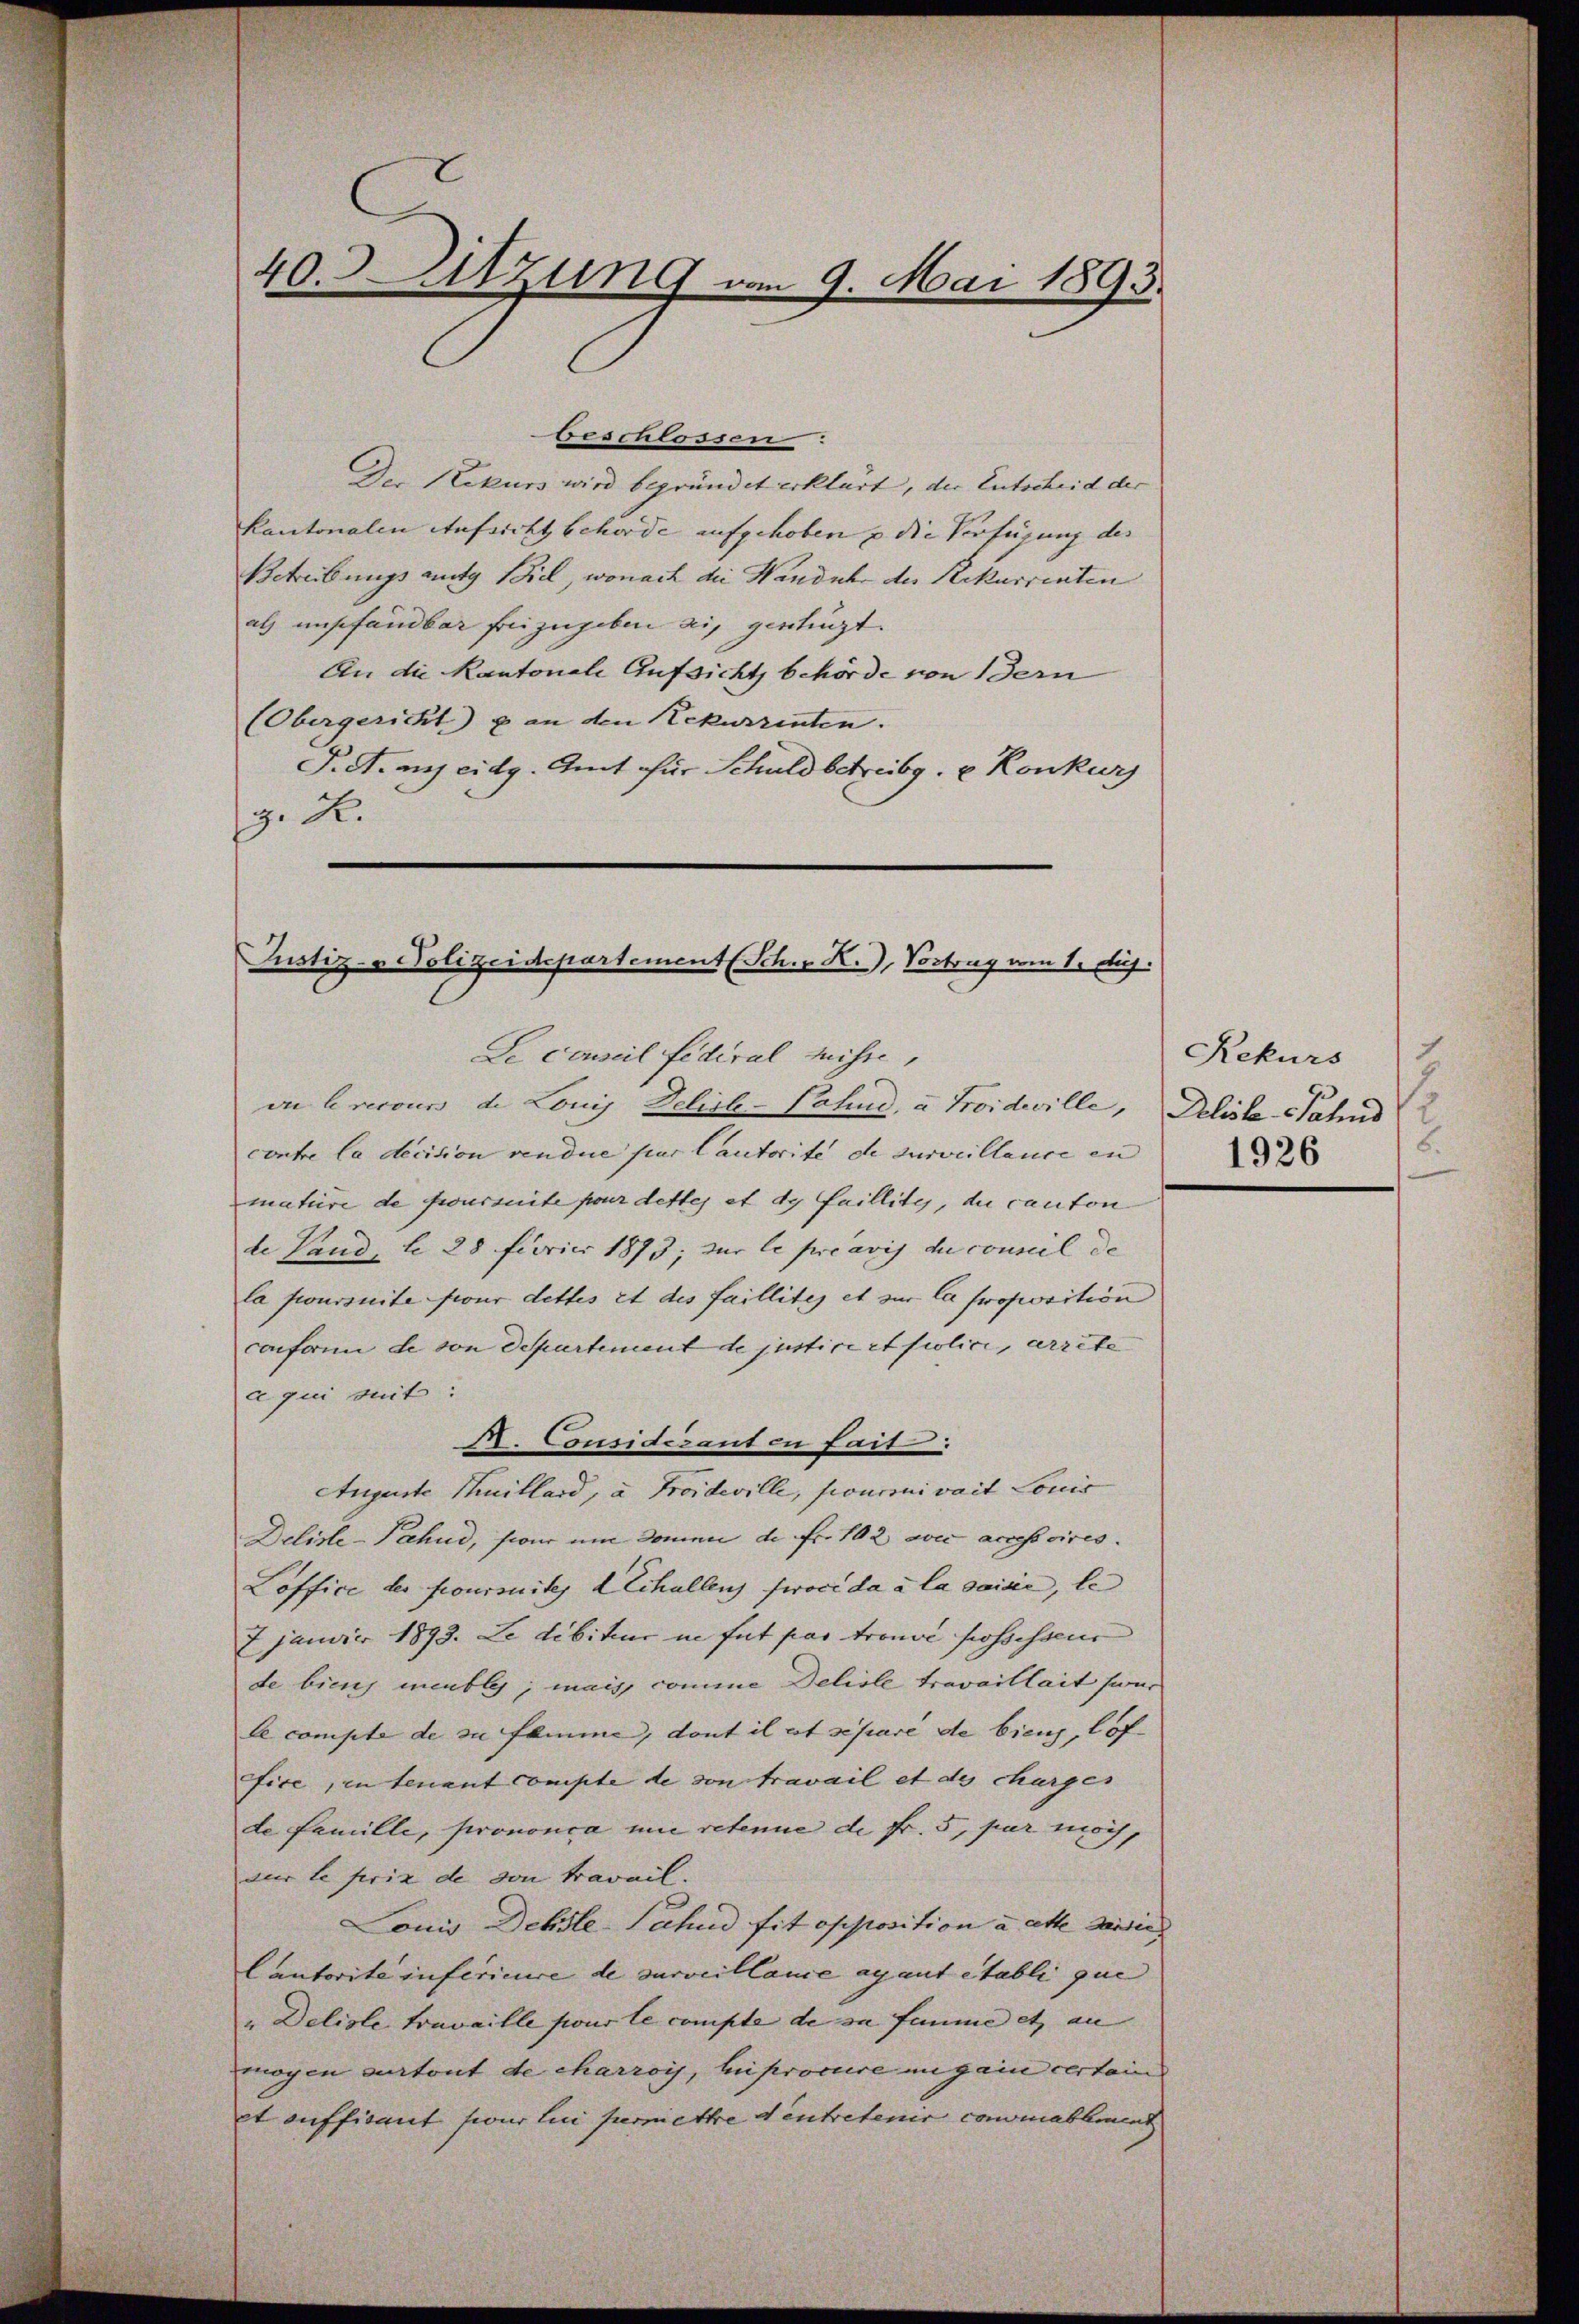
beschlossen.
Der Rekurs wird begründet erklärt, der Entscheid der
Kantonalen Aufsicht behörde aufgehoben u die Verfügung des
Betreibungs aufg Ziel, wonach die Handuhr der Rekurrenten
als empfandbar freizugeben ein gerügt.
An die Kantonale Aufsicht behörde von Bern
(Obergericht & an den Rekurrenten. |
F. A. ans eidg. Amt für Schuldbetreibg. u. Konkurs
g. K.

40. Letzung vom 9. Mai 1893.

Justiz- u Polizeidepartement (Sch. R.), Vortrag am 1. ds.
Se conseil fédéral Misse,
vn Crecour de Lonis Delich-Pahne, a Troideville, Deliste Wahns

contre la decision vendue par Cautorité de surveillence en 26
mature de foursuite pour dettes et de faillite, die canton
de Land, d. 28 Fiorici 1893, zur le préavis du coniel de
la foursuite four dettes et des faillites et zur la proposition
conform de von Departement de justice et folici, arrete
a qui suit:
A. Considésanten fait.
Auguste Villard, u. Proideville, fourni vait Louis
Deliste-Pahnd, son um Domen de Fr. 102 wie accessoires.
Loffice der foursuites I Echallenz socida à la saisie, le
7 janvier 1893. Le débiteur in fut par trouve possessens
de biens meubles; mais comme Deliste travaillait hier
le compte de sa femme, dont il et séparé de biens, lof-
fise, in tenant compte de von travail et de charges
de Famille, prononca un retenue de fr. 5, par möch
sur le friz de von travail.
Louis Deksle-Pahud sit opposition a atte Ferding
Cautorite inferiere de surveillance ayant établi que
"Deliste travaille sur le compte de sa femme et an |
mogen surtout de charzoy, huiprocure ungain certain
et auffisant jour lui permiethe d entretenir connablement

Rekurs
7
s
6.